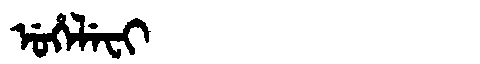
Manchu: ᡠᡥᡝᠯᡝᠸᡳ
Romanization: UHELEFI